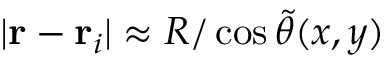
| \mathbf { r } - \mathbf { r } _ { i } | \approx R / \cos \tilde { \theta } ( x , y )